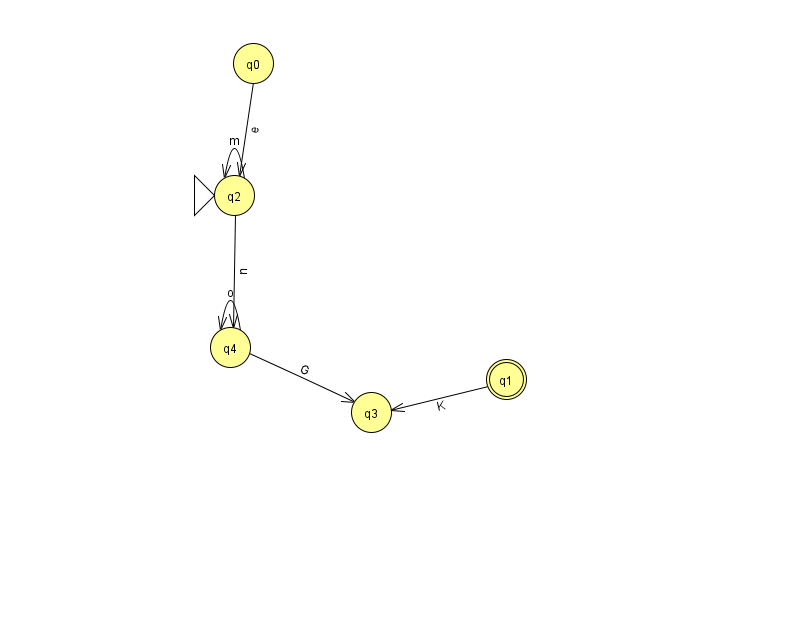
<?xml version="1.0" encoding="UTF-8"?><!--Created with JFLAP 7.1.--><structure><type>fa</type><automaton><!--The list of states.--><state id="0" name="q0"><x>253.0</x><y>50.0</y></state><state id="1" name="q1"><x>506.0</x><y>366.0</y><final/></state><state id="2" name="q2"><x>234.0</x><y>182.0</y><initial/></state><state id="3" name="q3"><x>371.0</x><y>399.0</y></state><state id="4" name="q4"><x>230.0</x><y>334.0</y></state><!--The list of transitions.--><transition><from>0</from><to>2</to><read>e</read></transition><transition><from>4</from><to>3</to><read>G</read></transition><transition><from>2</from><to>4</to><read>n</read></transition><transition><from>1</from><to>3</to><read>K</read></transition><transition><from>2</from><to>2</to><read>m</read></transition><transition><from>4</from><to>4</to><read>o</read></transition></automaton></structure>